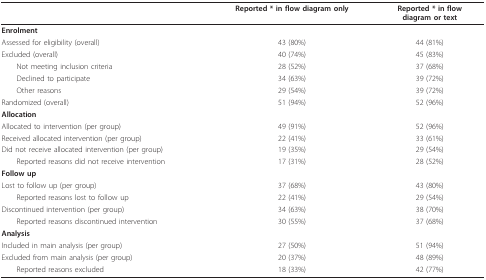
|  | Reported * in flow diagram only | Reported * in flowdiagram or text |
 | --- | --- | --- |
 | <COLSPAN=2> Enrolment |  |
 | Assessed for eligibility (overall) | 43 (80%) | 44 (81%) |
 | Excluded (overall) | 40 (74%) | 45 (83%) |
 | Not meeting inclusion criteria | 28 (52%) | 37 (68%) |
 | Declined to participate | 34 (63%) | 39 (72%) |
 | Other reasons | 29 (54%) | 39 (72%) |
 | Randomized (overall) | 51 (94%) | 52 (96%) |
 | <COLSPAN=2> Allocation |  |
 | Allocated to intervention (per group) | 49 (91%) | 52 (96%) |
 | Received allocated intervention (per group) | 22 (41%) | 33 (61%) |
 | Did not receive allocated intervention (per group) | 19 (35%) | 29 (54%) |
 | Reported reasons did not receive intervention | 17 (31%) | 28 (52%) |
 | <COLSPAN=2> Follow up |  |
 | Lost to follow up (per group) | 37 (68%) | 43 (80%) |
 | Reported reasons lost to follow up | 22 (41%) | 29 (54%) |
 | Discontinued intervention (per group) | 34 (63%) | 38 (70%) |
 | Reported reasons discontinued intervention | 30 (55%) | 37 (68%) |
 | <COLSPAN=2> Analysis |  |
 | Included in main analysis (per group) | 27 (50%) | 51 (94%) |
 | Excluded from main analysis (per group) | 20 (37%) | 48 (89%) |
 | Reported reasons excluded | 18 (33%) | 42 (77%) |